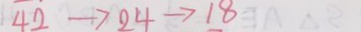
4 2 \rightarrow 2 4 \rightarrow 1 8